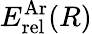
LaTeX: E_{\mathrm{rel}}^{\mathrm{Ar}}(R)